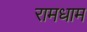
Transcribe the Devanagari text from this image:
रामधाम